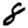
Digit: 8